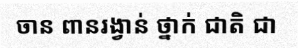
ចាន ពានរង្វាន់ ថ្នាក់ ជាតិ ជា